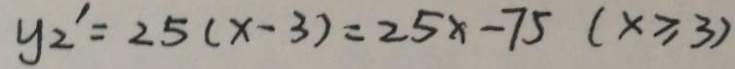
y _ { 2 } ^ { \prime } = 2 5 ( x - 3 ) = 2 5 x - 7 5 ( x \geq 3 )